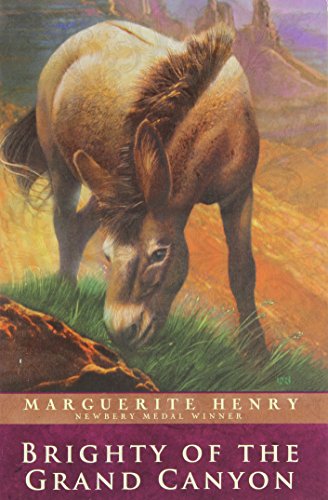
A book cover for Brighty of the Grand Canyon (Marguerite Henry Horseshoe Library); Marguerite Henry; Children's Books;